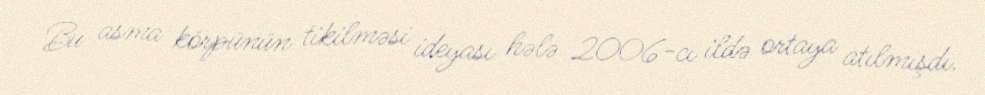
Bu asma körpünün tikilməsi ideyası hələ 2006-cı ildə ortaya atılmışdı.